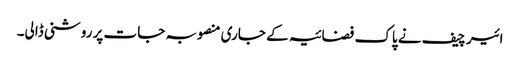
ائیر چیف نے پاک فضائیہ کے جاری منصوبہ جات پر روشنی ڈالی۔